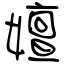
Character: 嬗